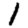
Digit: 1